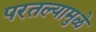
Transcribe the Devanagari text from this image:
परतल्यामुळे